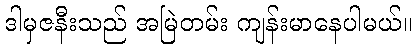
ဒါမှဇနီးသည် အမြဲတမ်း ကျန်းမာနေပါမယ်။